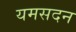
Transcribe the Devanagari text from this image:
यमसदन